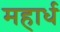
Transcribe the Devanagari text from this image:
महार्ध